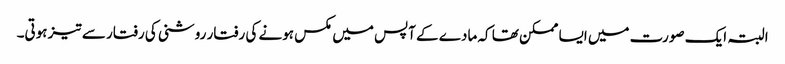
البتہ ایک صورت میں ایسا ممکن تھا کہ مادے کے آپس میں مکس ہونے کی رفتار روشنی کی رفتار سے تیز ہوتی۔